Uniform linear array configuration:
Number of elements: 8
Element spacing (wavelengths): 0.75
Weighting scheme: uniform
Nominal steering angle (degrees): -15
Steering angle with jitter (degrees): -13.06
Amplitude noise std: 0.05
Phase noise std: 0.05

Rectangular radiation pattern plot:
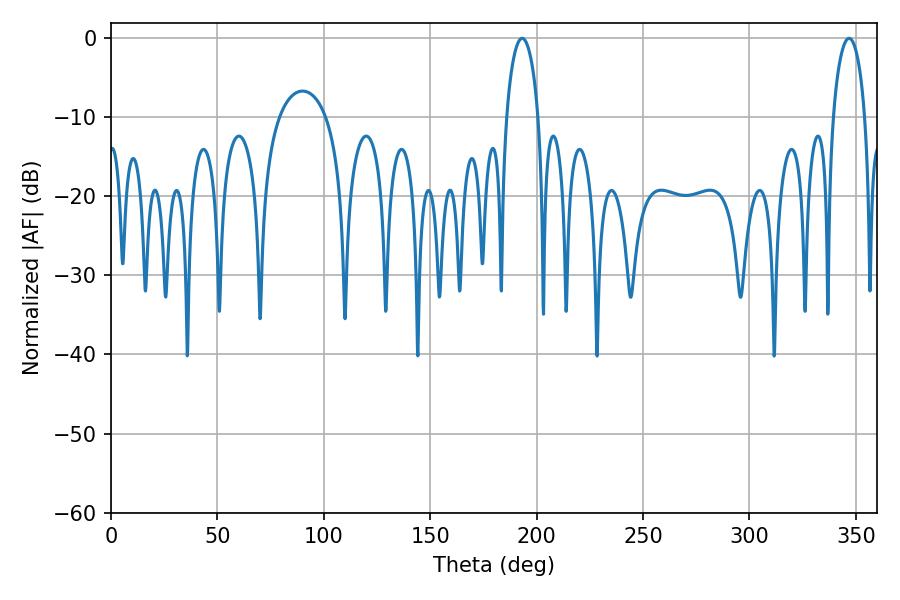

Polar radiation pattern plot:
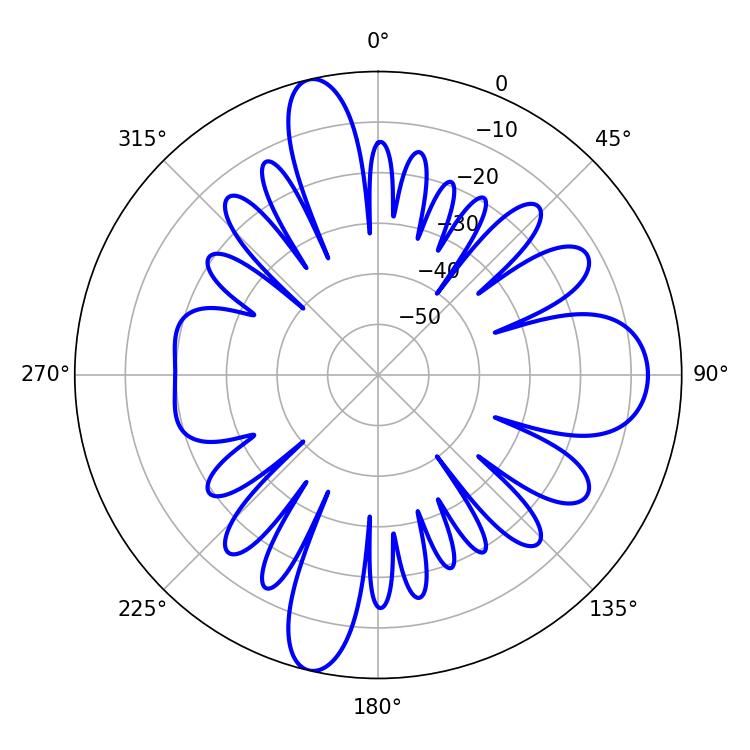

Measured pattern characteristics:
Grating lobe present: TRUE
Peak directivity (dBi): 22.909
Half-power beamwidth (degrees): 8.46
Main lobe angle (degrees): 193.14